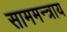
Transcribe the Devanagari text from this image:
साममन्त्राय